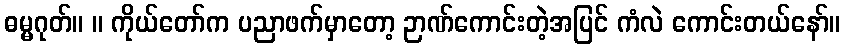
ဓမ္မဂုတ်။ ။ ကိုယ်တော်က ပညာဖက်မှာတော့ ဉာဏ်ကောင်းတဲ့အပြင် ကံလဲ ကောင်းတယ်နော်။